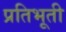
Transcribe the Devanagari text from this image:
प्रतिभूती